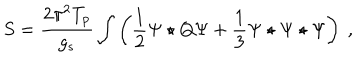
LaTeX: S = \frac { 2 \pi ^ { 2 } T _ { p } } { g _ { s } } \int \left( \frac { 1 } { 2 } \Psi \star Q \Psi + \frac { 1 } { 3 } \Psi \star \Psi \star \Psi \right) \ ,